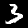
Digit: 3